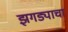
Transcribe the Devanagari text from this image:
झगड्याचा